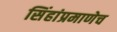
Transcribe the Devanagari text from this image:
सिंहांप्रमाणेच